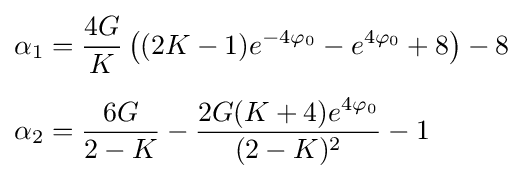
{\begin{aligned}\alpha _{1}&={\frac {4G}{K}}\left((2K-1)e^{-4\varphi _{0}}-e^{4\varphi _{0}}+8\right)-8\\[5pt]\alpha _{2}&={\frac {6G}{2-K}}-{\frac {2G(K+4)e^{4\varphi _{0}}}{(2-K)^{2}}}-1\end{aligned}}